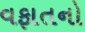
વફાતનો